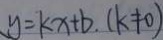
y = k x + b . ( k \neq 0 )